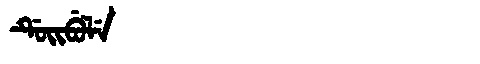
Manchu: ᡩᡠᡳᠪᡠᠯᡝ
Romanization: DUIBULE